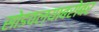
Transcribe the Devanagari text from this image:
सोडवल्याबरोबर